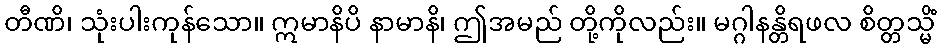
တီဏိ၊ သုံးပါးကုန်သော။ ဣမာနိပိ နာမာနိ၊ ဤအမည် တို့ကိုလည်း။ မဂ္ဂါနန္တိရဖလ စိတ္တသ္မိံ